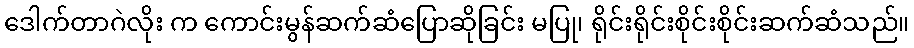
ဒေါက်တာဂဲလိုး က ကောင်းမွန်ဆက်ဆံပြောဆိုခြင်း မပြု၊ ရိုင်းရိုင်းစိုင်းစိုင်းဆက်ဆံသည်။